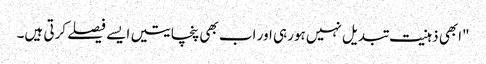
"ابھی ذہنیت تبدیل نہیں ہورہی اور اب بھی پنچایتیں ایسے فیصلے کرتی ہیں۔